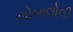
લોબાલોલી